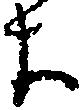
よ